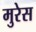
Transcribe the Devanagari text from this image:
मुरेस